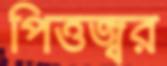
পিত্তজ্বর